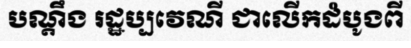
បណ្តឹង រដ្ឋប្បវេណី ជាលើកដំបូងពី